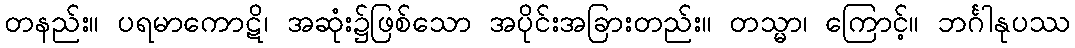
တနည်း။ ပရမာကောဋိ၊ အဆုံး၌ဖြစ်သော အပိုင်းအခြားတည်း။ တသ္မာ၊ ကြောင့်။ ဘင်္ဂါနုပဿ